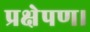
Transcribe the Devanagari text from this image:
प्रक्षेपण।